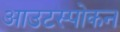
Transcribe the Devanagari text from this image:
आउटस्पोकन